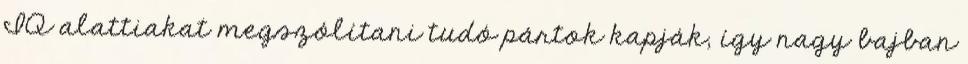
IQ alattiakat megszólítani tudó pártok kapják, így nagy bajban